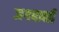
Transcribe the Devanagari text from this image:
जगबानी